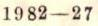
1982-27